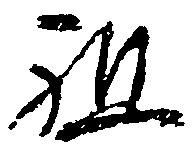
祖